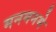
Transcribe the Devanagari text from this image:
मनमनमे